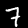
Digit: 7